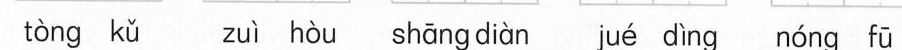
tòng kǔ zuì hòu shāng diàn jué dìng nóng fū